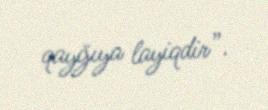
qayğıya layiqdir”.